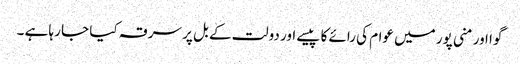
گوا اور منی پور میں عوام کی رائے کا پیسے اور دولت کے بل پر سرقہ کیا جا رہا ہے ۔